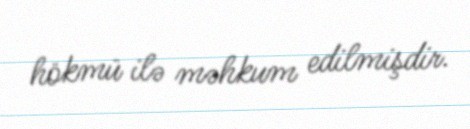
hökmü ilə məhkum edilmişdir.